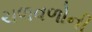
ચળવળોની